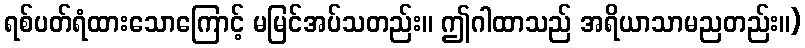
ရစ်ပတ်ရံထားသောကြောင့် မမြင်အပ်သတည်း။ ဤဂါထာသည် အရိယာသာမညတည်း။)